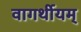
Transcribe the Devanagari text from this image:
वागर्थीयम्